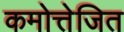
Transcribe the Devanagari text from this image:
कमोत्तेजित